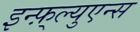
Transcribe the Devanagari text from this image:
इन्फ़्ल्युएन्स